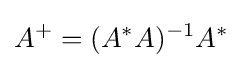
A^{+}=(A^{*}A)^{-1}A^{*}